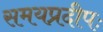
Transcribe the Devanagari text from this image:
समयप्रदीपः